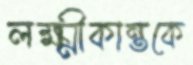
লক্ষ্মীকান্তকে